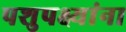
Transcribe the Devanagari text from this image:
पशुपक्ष्यांना